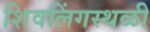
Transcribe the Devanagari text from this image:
शिवलिंगस्थळी